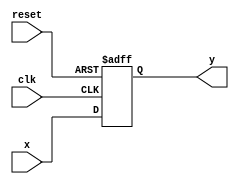
module df(clk,reset,x,y
    );
input clk,reset;
input signed [15:0] x;
output reg  signed [15:0] y;
always @(posedge clk,posedge reset)
begin
if(reset)
begin
    
    y<=0;
	 
end
else 
begin
  y<=x;
end	 

   
end

endmodule